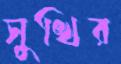
সুখির